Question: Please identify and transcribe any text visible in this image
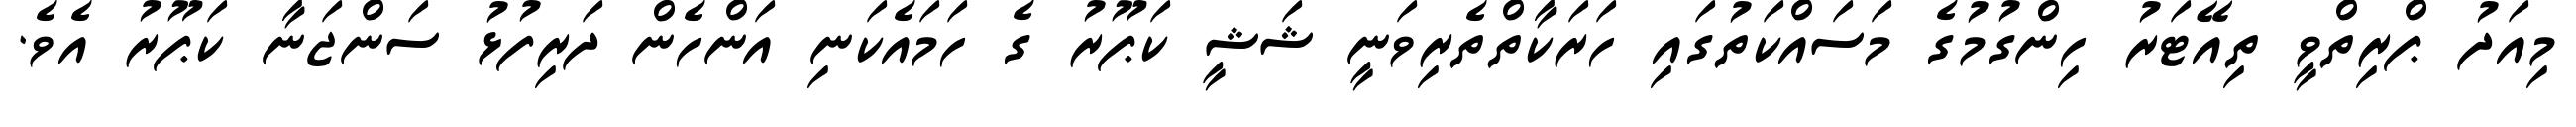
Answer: މިއަދު ޕްރިތްވީ ތިއޭޓަރު ހިންގުމުގެ މަސައްކަތުގައި ހަރަކާތްތެރިވަނީ ޝަޝީ ކަޕޫރު ގެ ހަމައެކަނި އަންހެން ދަރިފުޅު ސަންޖަނާ ކަޕޫރު އެވެ.